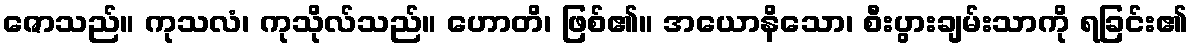
ဇောသည်။ ကုသလံ၊ ကုသိုလ်သည်။ ဟောတိ၊ ဖြစ်၏။ အယောနိသော၊ စီးပွားချမ်းသာကို ရခြင်း၏